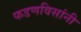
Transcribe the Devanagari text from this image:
फडणविसांनी